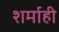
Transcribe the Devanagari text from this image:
शर्माही